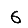
Digit: 6